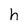
Character: h